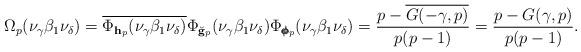
LaTeX: \begin{align*} \Omega_p(\nu_{\gamma} \beta_1\nu_{\delta}) = \overline{\Phi_{\mathbf h_p}(\nu_{\gamma} \beta_1\nu_{\delta})}\Phi_{\breve{\mathbf g}_p}(\nu_{\gamma}\beta_1\nu_{\delta})\Phi_{\pmb{\phi}_p}(\nu_{\gamma} \beta_1\nu_{\delta}) = \frac{p - \overline{G(-\gamma,p)}}{p(p-1)} = \frac{p - G(\gamma,p)}{p(p-1)}. \end{align*}